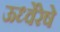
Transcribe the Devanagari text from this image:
ऊर्ध्वेरेषे